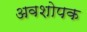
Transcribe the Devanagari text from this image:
अवशोपक